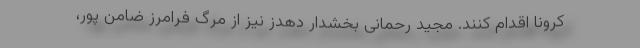
کرونا اقدام کنند. مجید رحمانی بخشدار دهدز نیز از مرگ فرامرز ضامن پور،